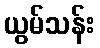
ယွမ်သန်း